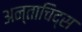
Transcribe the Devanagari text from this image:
अन्ताचिद्स